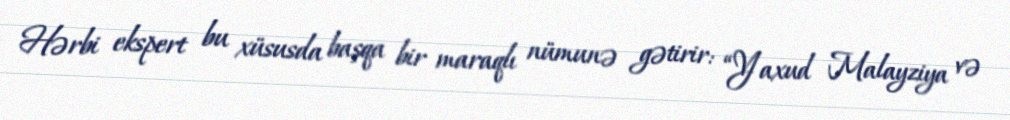
Hərbi ekspert bu xüsusda başqa bir maraqlı nümunə gətirir: “Yaxud Malayziya və